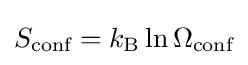
S_{\text{conf}}=k_{\rm {B}}\ln \Omega _{\text{conf}}